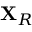
\mathbf { X } _ { R }